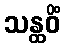
သန္ထဝိံ